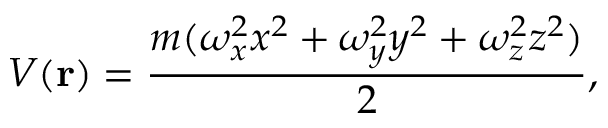
V ( \mathbf { r } ) = \frac { m ( \omega _ { x } ^ { 2 } x ^ { 2 } + \omega _ { y } ^ { 2 } y ^ { 2 } + \omega _ { z } ^ { 2 } z ^ { 2 } ) } { 2 } ,